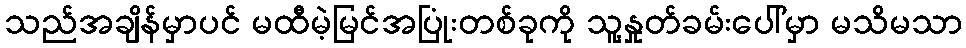
သည်အချိန်မှာပင် မထီမဲ့မြင်အပြုံးတစ်ခုကို သူ့နှုတ်ခမ်းပေါ်မှာ မသိမသာ